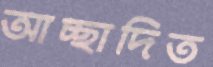
আচ্ছাদিত